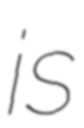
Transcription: is